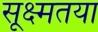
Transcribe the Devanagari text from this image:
सूक्ष्मतया